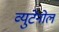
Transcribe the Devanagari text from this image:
व्युटेनोल